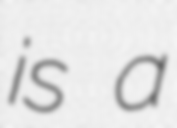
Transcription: is a